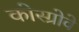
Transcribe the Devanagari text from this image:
कोस्ग्रोवे